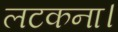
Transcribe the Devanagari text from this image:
लटकना।